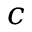
c